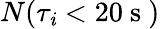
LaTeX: N(\tau_{\mathit{i}}<20\mathrm{{~s~}})